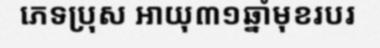
ភេទប្រុស អាយុ៣១ឆ្នាំមុខរបរ